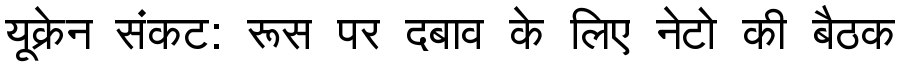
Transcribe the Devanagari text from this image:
यूक्रेन संकट: रूस पर दबाव के लिए नेटो की बैठक